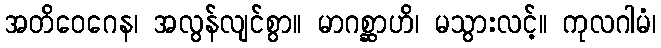
အတိဝေဂေန၊ အလွန်လျင်စွာ။ မာဂစ္ဆာဟိ၊ မသွားလင့်။ ကုလဂါမံ၊